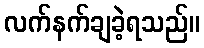
လက်နက်ချခဲ့ရသည်။